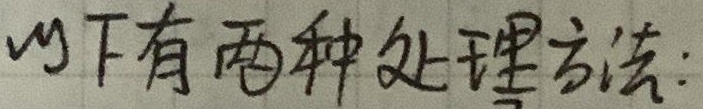
以下有两种处理方法：